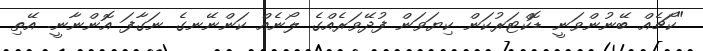
"ކޯޗެއް ބޭނުންވަނީ ޑޮކްޓަރުކަން ކިޔަވަން ފުދޭވަރެއްގެ ލޯނެއް ކަންނޭނގެ ނަގާފަ އޮންނާނީ. އޭތި